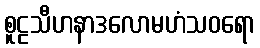
စူဠသီဟနာဒလောမဟံသဝရော